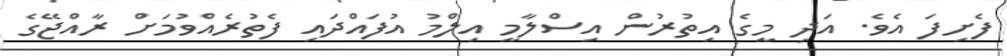
ފެށިފަ އެވެ. އަދި މީގެ އިތުރުން އިސްލާމީ އިލްމު އުފައްދައި ފެތުރެއްވުމަށް ރާއްޖޭގެ